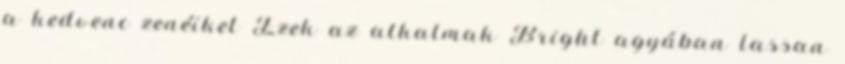
a kedvenc zenéiket Ezek az alkalmak Bright agyában lassan